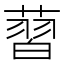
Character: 𦸚